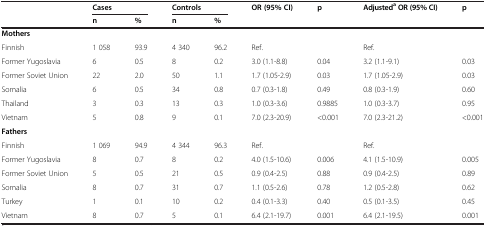
|  | <COLSPAN=2> Cases | <COLSPAN=2> Controls | OR (95% CI) | p | AdjustedaOR (95% CI) | p |
 |  | n | % | n | % |  |  |  |  |
 | --- | --- | --- | --- | --- | --- | --- | --- | --- |
 | Mothers |  |  |  |  |  |  |  |  |
 | Finnish | 1 058 | 93.9 | 4 340 | 96.2 | Ref. |  | Ref. |  |
 | Former Yugoslavia | 6 | 0.5 | 8 | 0.2 | 3.0 (1.1-8.8) | 0.04 | 3.2 (1.1-9.1) | 0.03 |
 | Former Soviet Union | 22 | 2.0 | 50 | 1.1 | 1.7 (1.05-2.9) | 0.03 | 1.7 (1.05-2.9) | 0.03 |
 | Somalia | 6 | 0.5 | 34 | 0.8 | 0.7 (0.3-1.8) | 0.49 | 0.8 (0.3-1.9) | 0.60 |
 | Thailand | 3 | 0.3 | 13 | 0.3 | 1.0 (0.3-3.6) | 0.9885 | 1.0 (0.3-3.7) | 0.95 |
 | Vietnam | 5 | 0.8 | 9 | 0.1 | 7.0 (2.3-20.9) | <0.001 | 7.0 (2.3-21.2) | <0.001 |
 | Fathers |  |  |  |  |  |  |  |  |
 | Finnish | 1 069 | 94.9 | 4 344 | 96.3 | Ref. |  | Ref. |  |
 | Former Yugoslavia | 8 | 0.7 | 8 | 0.2 | 4.0 (1.5-10.6) | 0.006 | 4.1 (1.5-10.9) | 0.005 |
 | Former Soviet Union | 5 | 0.5 | 21 | 0.5 | 0.9 (0.4-2.5) | 0.88 | 0.9 (0.4-2.5) | 0.89 |
 | Somalia | 8 | 0.7 | 31 | 0.7 | 1.1 (0.5-2.6) | 0.78 | 1.2 (0.5-2.8) | 0.62 |
 | Turkey | 1 | 0.1 | 10 | 0.2 | 0.4 (0.1-3.3) | 0.40 | 0.5 (0.1-3.5) | 0.45 |
 | Vietnam | 8 | 0.7 | 5 | 0.1 | 6.4 (2.1-19.7) | 0.001 | 6.4 (2.1-19.5) | 0.001 |